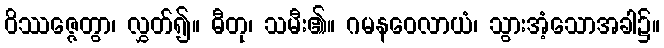
ဝိဿဇ္ဇေတွာ၊ လွှတ်၍။ ဓီတု၊ သမီး၏။ ဂမနဝေလာယံ၊ သွားအံ့သောအခါ၌။